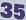
35